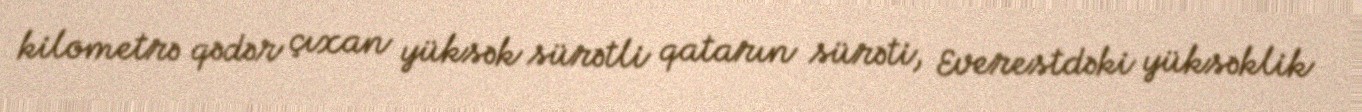
kilometrə qədər çıxan yüksək sürətli qatarın sürəti, Everestdəki yüksəklik